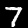
Label: 7